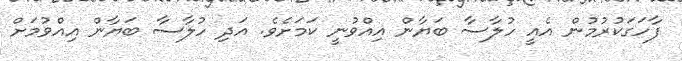
ފާހަގަކުރުމުން އެއީ ހުލާސާ ބަޔާން އިއްވުނީ ކަމަށެވެ. އަދި ހުލާސާ ބަޔާން އިއްވުމަށް